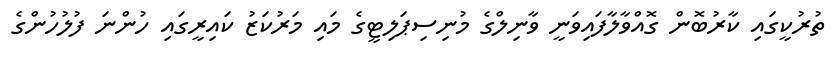
ތުރުކީގައި ކާރުބޮން ގޮއްވާލާފައިވަނީ ވާނިލްގެ މުނިސިޕަލިޓީގެ މައި މަރުކަޒު ކައިރީގައި ހުންނަ ފުލުހުންގެ